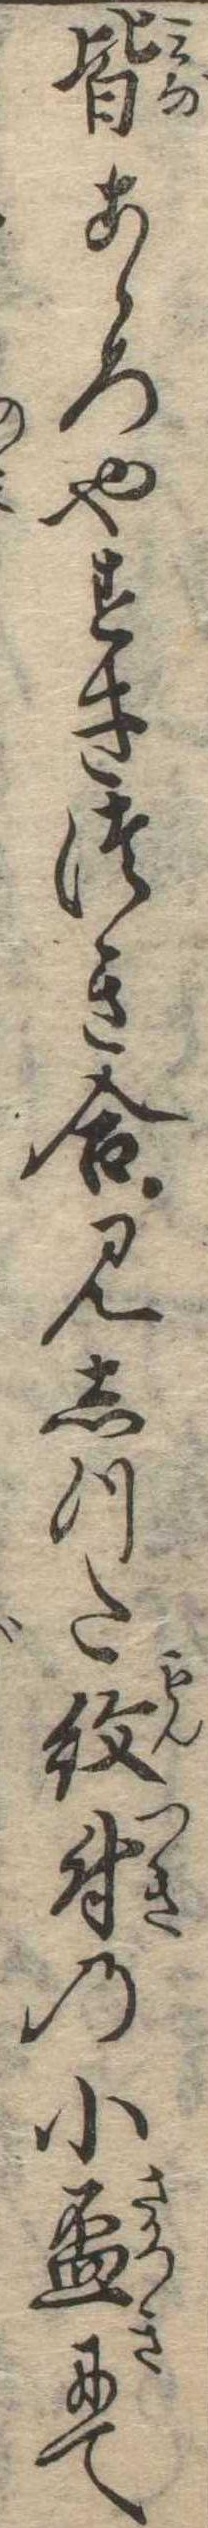
皆こゝろやすきつき合見しつた紋付の小杯にて